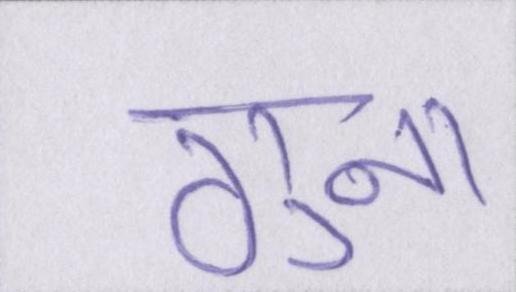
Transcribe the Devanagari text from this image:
गुना